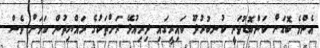
އެންމެ ބޮޑަށް ކަންބޮޑުވަނީ ކުނބުރުދޫ ކައިރީގައި ދިރިއުޅޭ ރަށްތަކުގެ ރައްޔިތުން ކަމަށް ވެސް